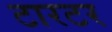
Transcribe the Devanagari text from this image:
टारटर